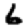
Digit: 6